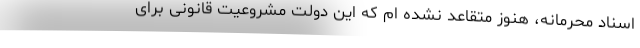
اسناد محرمانه، هنوز متقاعد نشده ام که این دولت مشروعیت قانونی برای